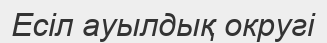
Есіл ауылдық округі